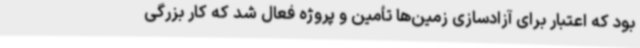
بود که اعتبار برای آزادسازی زمین‌ها تأمین و پروژه فعال شد که کار بزرگی